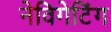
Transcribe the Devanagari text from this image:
नेविगेटिंग